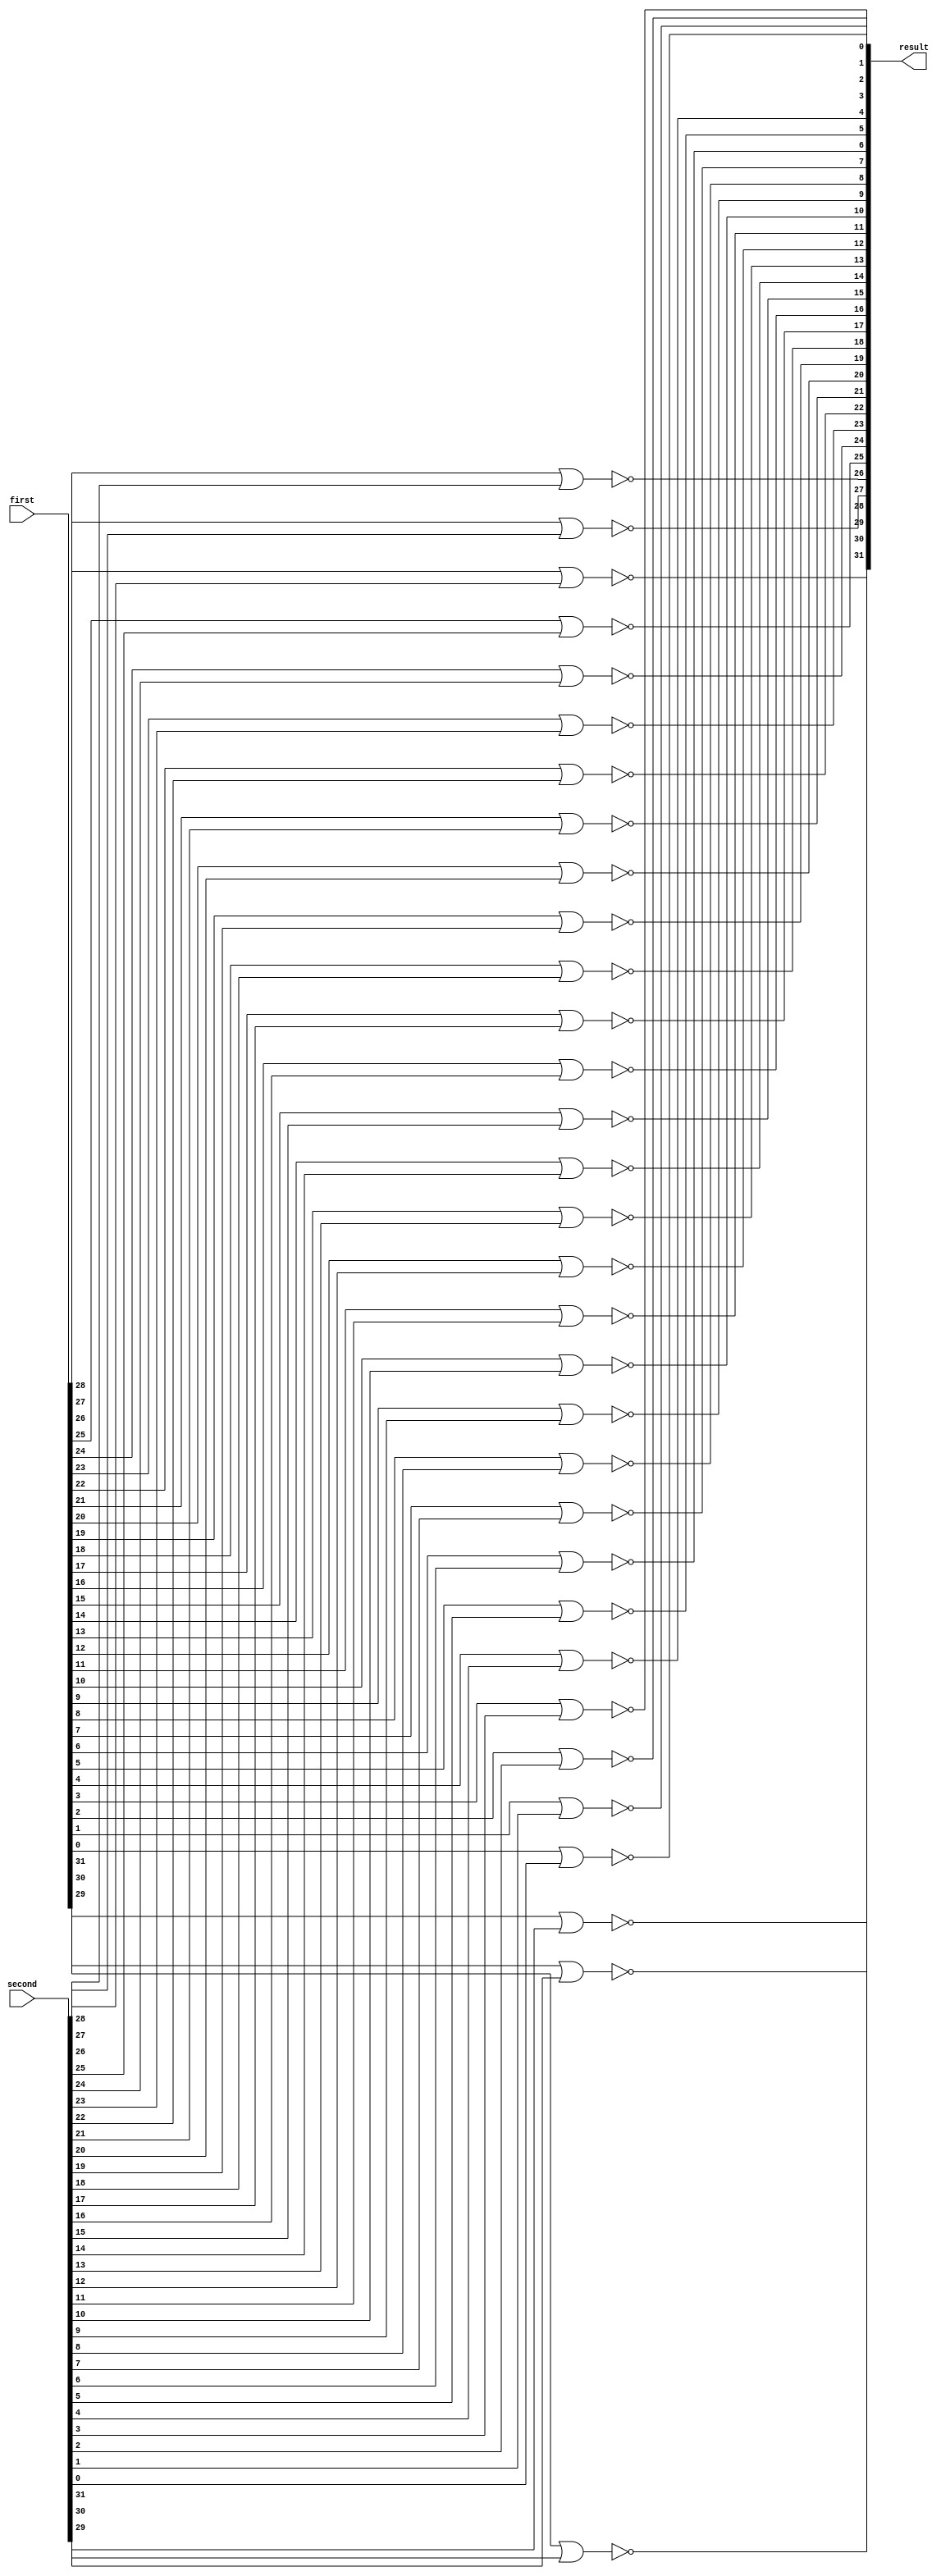
module my_nor(
	input [31:0] first,
	input [31:0] second,
	output [31:0] result
);

nor n0(result[31], first[31], second[31]);
nor n1(result[30], first[30], second[30]);
nor n2(result[29], first[29], second[29]);
nor n3(result[28], first[28], second[28]);
nor n4(result[27], first[27], second[27]);
nor n5(result[26], first[26], second[26]);
nor n6(result[25], first[25], second[25]);
nor n7(result[24], first[24], second[24]);
nor n8(result[23], first[23], second[23]);
nor n9(result[22], first[22], second[22]);
nor n10(result[21], first[21], second[21]);
nor n11(result[20], first[20], second[20]);
nor n12(result[19], first[19], second[19]);
nor n13(result[18], first[18], second[18]);
nor n14(result[17], first[17], second[17]);
nor n15(result[16], first[16], second[16]);
nor n16(result[15], first[15], second[15]);
nor n17(result[14], first[14], second[14]);
nor n18(result[13], first[13], second[13]);
nor n19(result[12], first[12], second[12]);
nor n20(result[11], first[11], second[11]);
nor n21(result[10], first[10], second[10]);
nor n22(result[9], first[9], second[9]);
nor n23(result[8], first[8], second[8]);
nor n24(result[7], first[7], second[7]);
nor n25(result[6], first[6], second[6]);
nor n26(result[5], first[5], second[5]);
nor n27(result[4], first[4], second[4]);
nor n28(result[3], first[3], second[3]);
nor n29(result[2], first[2], second[2]);
nor n30(result[1], first[1], second[1]);
nor n31(result[0], first[0], second[0]);

endmodule